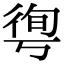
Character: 𢔐